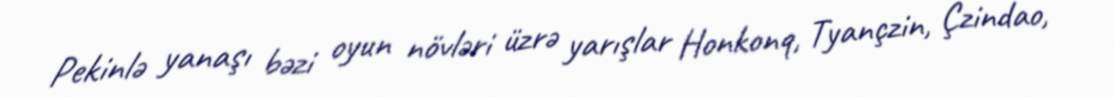
Pekinlə yanaşı bəzi oyun növləri üzrə yarışlar Honkonq, Tyançzin, Çzindao,